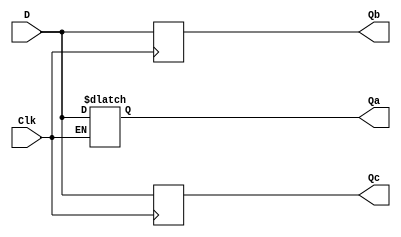
// inputs:
//	Clk: manual clock
//	D: data input
//
// outputs:
//	Qa: gated D-latch output
//	Qb: positive edge-triggered D flip-flop output
//	Qc: negative edge-triggered D flip-flop output
module part1 (Clk, D, Qa, Qb, Qc);
	input Clk, D;
	output reg Qa, Qb, Qc;
	
	// gated D-latch
	always @( * )
		if (Clk == 1'b1)
			Qa <= D;
	
	// positive-edge triggered D FF
	always @(posedge Clk)
		Qb <= D;
	
	// negative-edge triggered D FF 
	always @(negedge Clk)
		Qc <= D;
endmodule